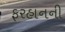
ફરહાનની